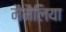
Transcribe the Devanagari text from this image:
मैमैलिया